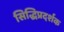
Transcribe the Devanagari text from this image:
सिद्धिप्रदर्शक